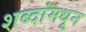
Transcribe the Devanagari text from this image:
शब्दांमधून